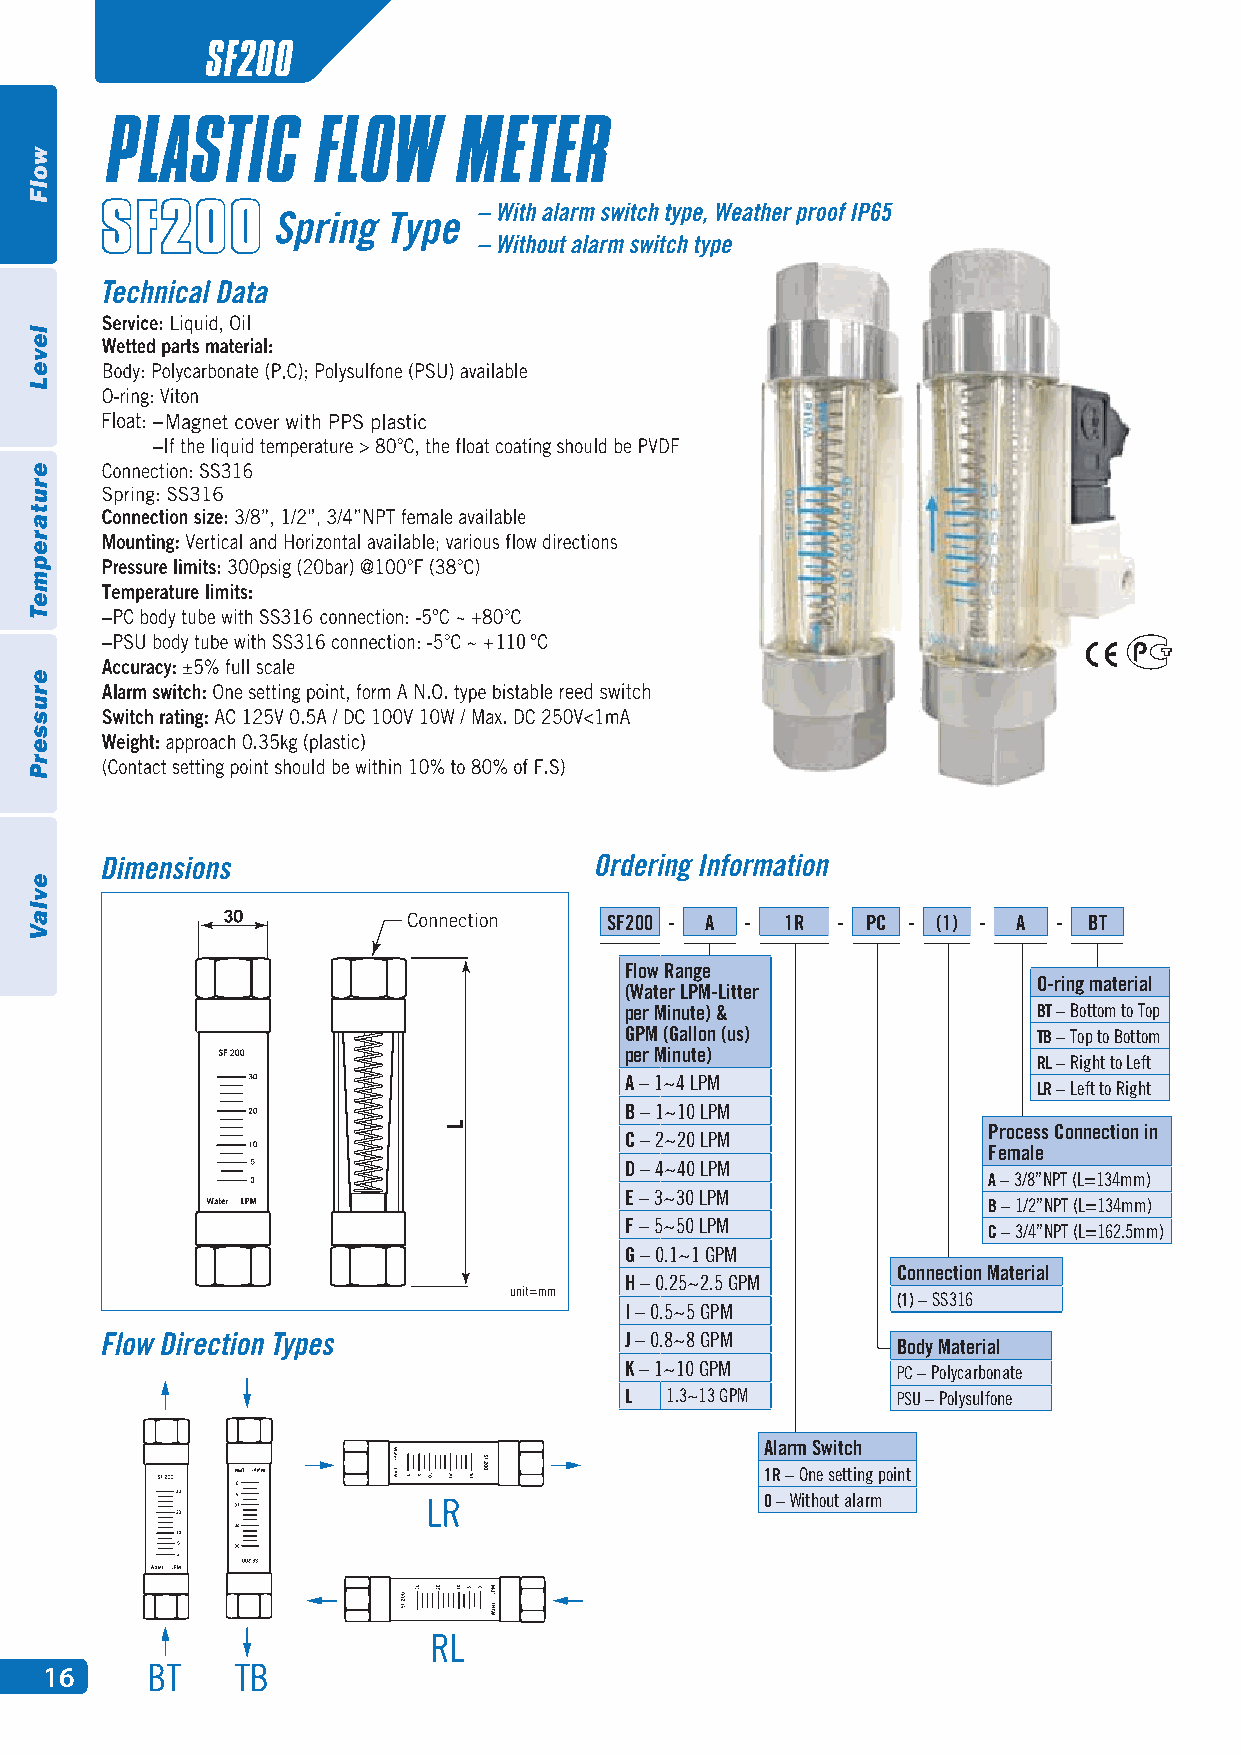
SF200
 110
 [Water-LPM (Litter per Minute) & GPM (Gallon (us) per Minute)]
 SF200 - A - 1R - PC - (1) - A - BT
 A  1~4 LPM  E 3~30 LPM   I 0.5~5 GPM
 Flow RanBge 1~10 LPM F 5~50 LPM J 0.8~8 GPM
 O-ring material
 (Water LPM-Litter
 per MinuC te) &2 ~20 LPM G 0.1~1 GPM BT K – Bott1o~m1 t0o GToPpM
 GPM (GaDllon (u4s~)4 0 LPM H 0.25~2.5 GPM TB L– Top 1to.3 B~o1tt3o mGPM
 per Minute)
 RL – Right to Left
 A – 1~4 LPM                 LR – Left to Right
 B – 1~10 LPM
 Process Connection in
 C – 2~20 LPM
 Female
 D – 4~40 LPM
 A – 3/8”NPT (L=134mm)
 E – 3~30 LPM
 B – 1/2”NPT (L=134mm)
 F – 5~50 LPM
 C – 3/4”NPT (L=162.5mm)
 G – 0.1~1 GPM
 Connection Material
 H – 0.25~2.5 GPM
 (1) – SS316
 I – 0.5~5 GPM
 J – 0.8~8 GPM
 Body Material
 K – 1~10 GPM      PC – Polycarbonate
 L  1.3~13 GPM     PSU – Polysulfone
 Alarm Switch
 1R – One setting point
 0 – Without alarm
 16
 wolF
 leveL
 erutarepmeT
 erusserP
 evlaV